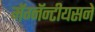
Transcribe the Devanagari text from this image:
मॅग्नॅन्टीयसने